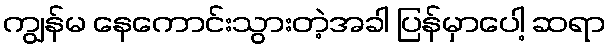
ကျွန်မ နေကောင်းသွားတဲ့အခါ ပြန်မှာပေါ့ ဆရာ